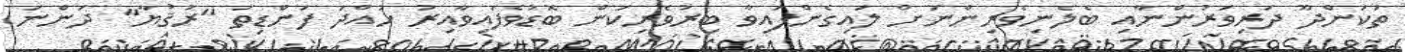
ތަކަންދޫ ދަރިވަރުންނާއި ބެލެނިވެރިންނަށް ލައިގެންފައިވާ ބިރުވެރިކަން ބޮޑުވެފައިވާއިރު ހުއްދަ ފަންޑިތަ "ރުޤުޔާ" ދަންނަ